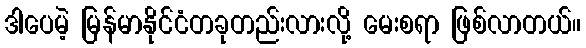
ဒါပေမဲ့ မြန်မာနိုင်ငံတခုတည်းလားလို့ မေးစရာ ဖြစ်လာတယ်။